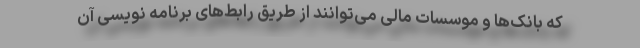
که بانک‌ها و موسسات مالی می‌توانند از طریق رابط‌های برنامه نویسی آن